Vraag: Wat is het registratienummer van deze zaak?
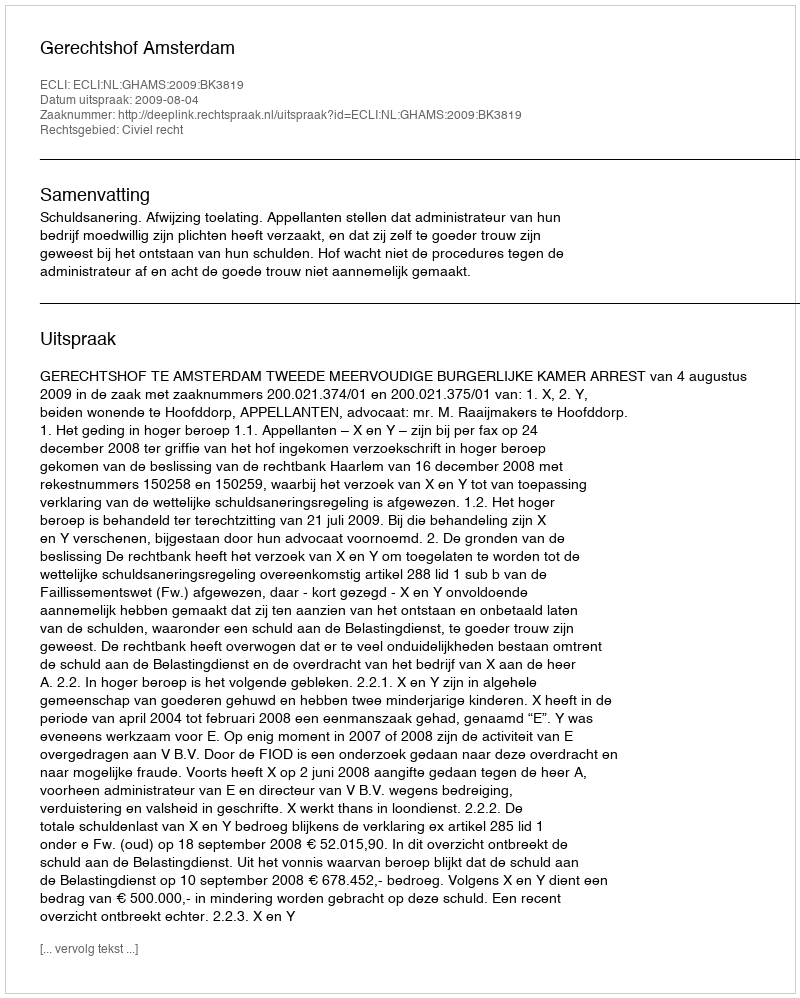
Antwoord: http://deeplink.rechtspraak.nl/uitspraak?id=ECLI:NL:GHAMS:2009:BK3819